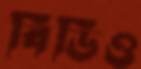
বিডিও